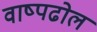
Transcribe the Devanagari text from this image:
वाष्पढोल